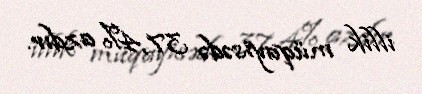
illik müqayisədə 37,4% azdır.